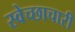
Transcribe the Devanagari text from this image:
स्‍वेच्‍छाचारी